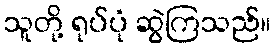
သူတို့ ရုပ်ပုံ ဆွဲကြသည်။